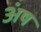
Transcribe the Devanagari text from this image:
अंष